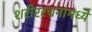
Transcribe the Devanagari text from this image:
शरीररचनांमध्ये